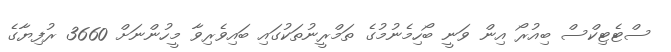
ސްޓެޓިކްސް ބިއުރޯ އިން ވަނީ ބޯހިމެނުމުގެ ތަމްރީނުތަކުގައި ބައިވެރިވާ މީހުންނަށް 3660 ރުފިޔާގެ